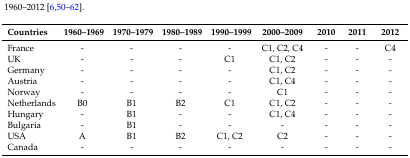
<table><thead><tr><td><b>Countries</b></td><td><b>1960–1969</b></td><td><b>1970–1979</b></td><td><b>1980–1989</b></td><td><b>1990–1999</b></td><td><b>2000–2009</b></td><td><b>2010</b></td><td><b>2011</b></td><td><b>2012</b></td></tr></thead><tbody><tr><td>France</td><td>-</td><td>-</td><td>-</td><td>-</td><td>C1, C2, C4</td><td>-</td><td>-</td><td>C4</td></tr><tr><td>UK</td><td>-</td><td>-</td><td>-</td><td>C1</td><td>C1, C2</td><td>-</td><td>-</td><td>-</td></tr><tr><td>Germany</td><td>-</td><td>-</td><td>-</td><td>-</td><td>C1, C2</td><td>-</td><td>-</td><td>-</td></tr><tr><td>Austria</td><td>-</td><td>-</td><td>-</td><td>-</td><td>C1, C4</td><td>-</td><td>-</td><td>-</td></tr><tr><td>Norway</td><td>-</td><td>-</td><td>-</td><td>-</td><td>C1</td><td>-</td><td>-</td><td>-</td></tr><tr><td>Netherlands</td><td>B0</td><td>B1</td><td>B2</td><td>C1</td><td>C1, C2</td><td>-</td><td>-</td><td>-</td></tr><tr><td>Hungary</td><td>-</td><td>B1</td><td>-</td><td>-</td><td>C1, C4</td><td>-</td><td>-</td><td>-</td></tr><tr><td>Bulgaria</td><td>-</td><td>B1</td><td>-</td><td>-</td><td>-</td><td>-</td><td>-</td><td>-</td></tr><tr><td>USA</td><td>A</td><td>B1</td><td>B2</td><td>C1, C2</td><td>C2</td><td>-</td><td>-</td><td>-</td></tr><tr><td>Canada</td><td>-</td><td>-</td><td>-</td><td>-</td><td>-</td><td>-</td><td>-</td><td>-</td></tr></tbody></table>